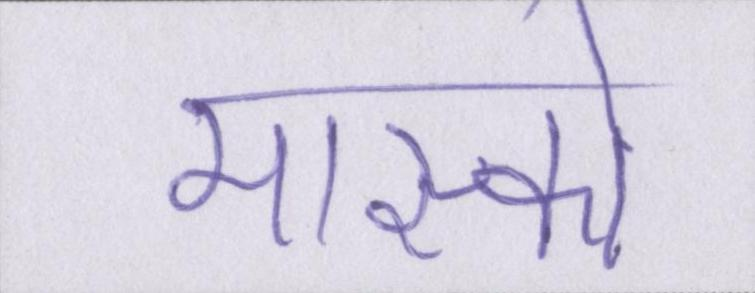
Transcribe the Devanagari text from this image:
मास्को